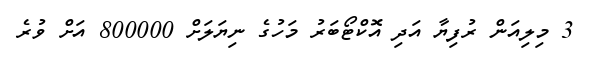
3 މިލިއަން ރުފިޔާ އަދި އޮކްޓޯބަރު މަހުގެ ނިޔަލަށް 800000 އަށް ވުރެ